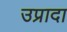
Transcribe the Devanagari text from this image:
उप्रादा